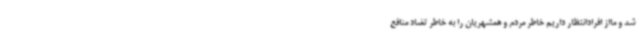
شد و مااز افرادانتظار داریم خاطر مردم و همشهریان را به خاطر تضاد منافع